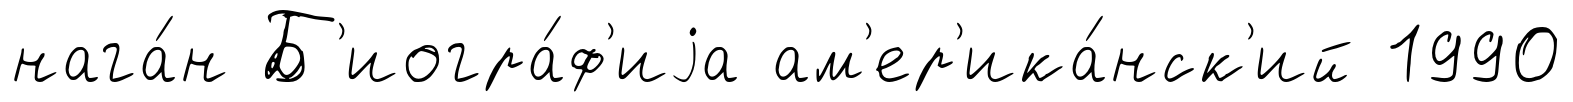
нага́н Б'иогра́ф'иjа ам'ер'ика́нск'ий 1990